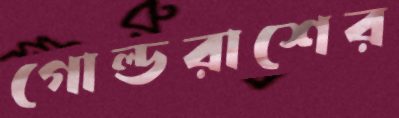
গোল্ডরাশের